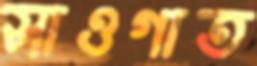
সাওগাত